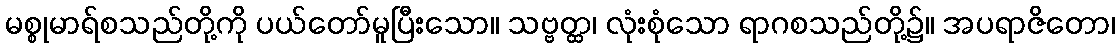
မစ္စုမာရ်စသည်တို့ကို ပယ်တော်မူပြီးသော။ သဗ္ဗတ္ထ၊ လုံးစုံသော ရာဂစသည်တို့၌။ အပရာဇိတော၊